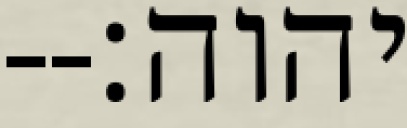
יהוה׃--